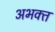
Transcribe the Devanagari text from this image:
अभक्‍त